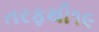
તરફથી૧૯